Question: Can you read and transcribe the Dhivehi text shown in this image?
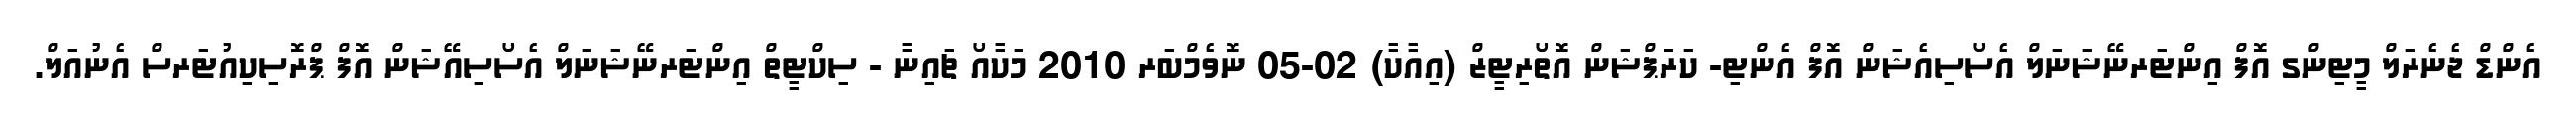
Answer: އެންޑް ޖެނެރަލް މީޓިންގ އޮފް އިންޓަރނޭޝަނަލް އެސޯސިއެޝަން އޮފް އެންޓި- ކަރަޕްޝަން އޮތޯރިޓީޒް (އިއާކާ) 02-05 ނޮވެމްބަރ 2010 މަކާއޯ ޗައިނާ - ސިކްޓީތް އިންޓަރނޭޝަނަލް އެސޯސިއޭޝަން އޮފް ޕްރޮސިކިއުޓަރސް އެނުއަލް.